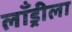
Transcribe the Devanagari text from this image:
लाँड्रीला